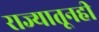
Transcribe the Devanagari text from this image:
राज्यातूनही